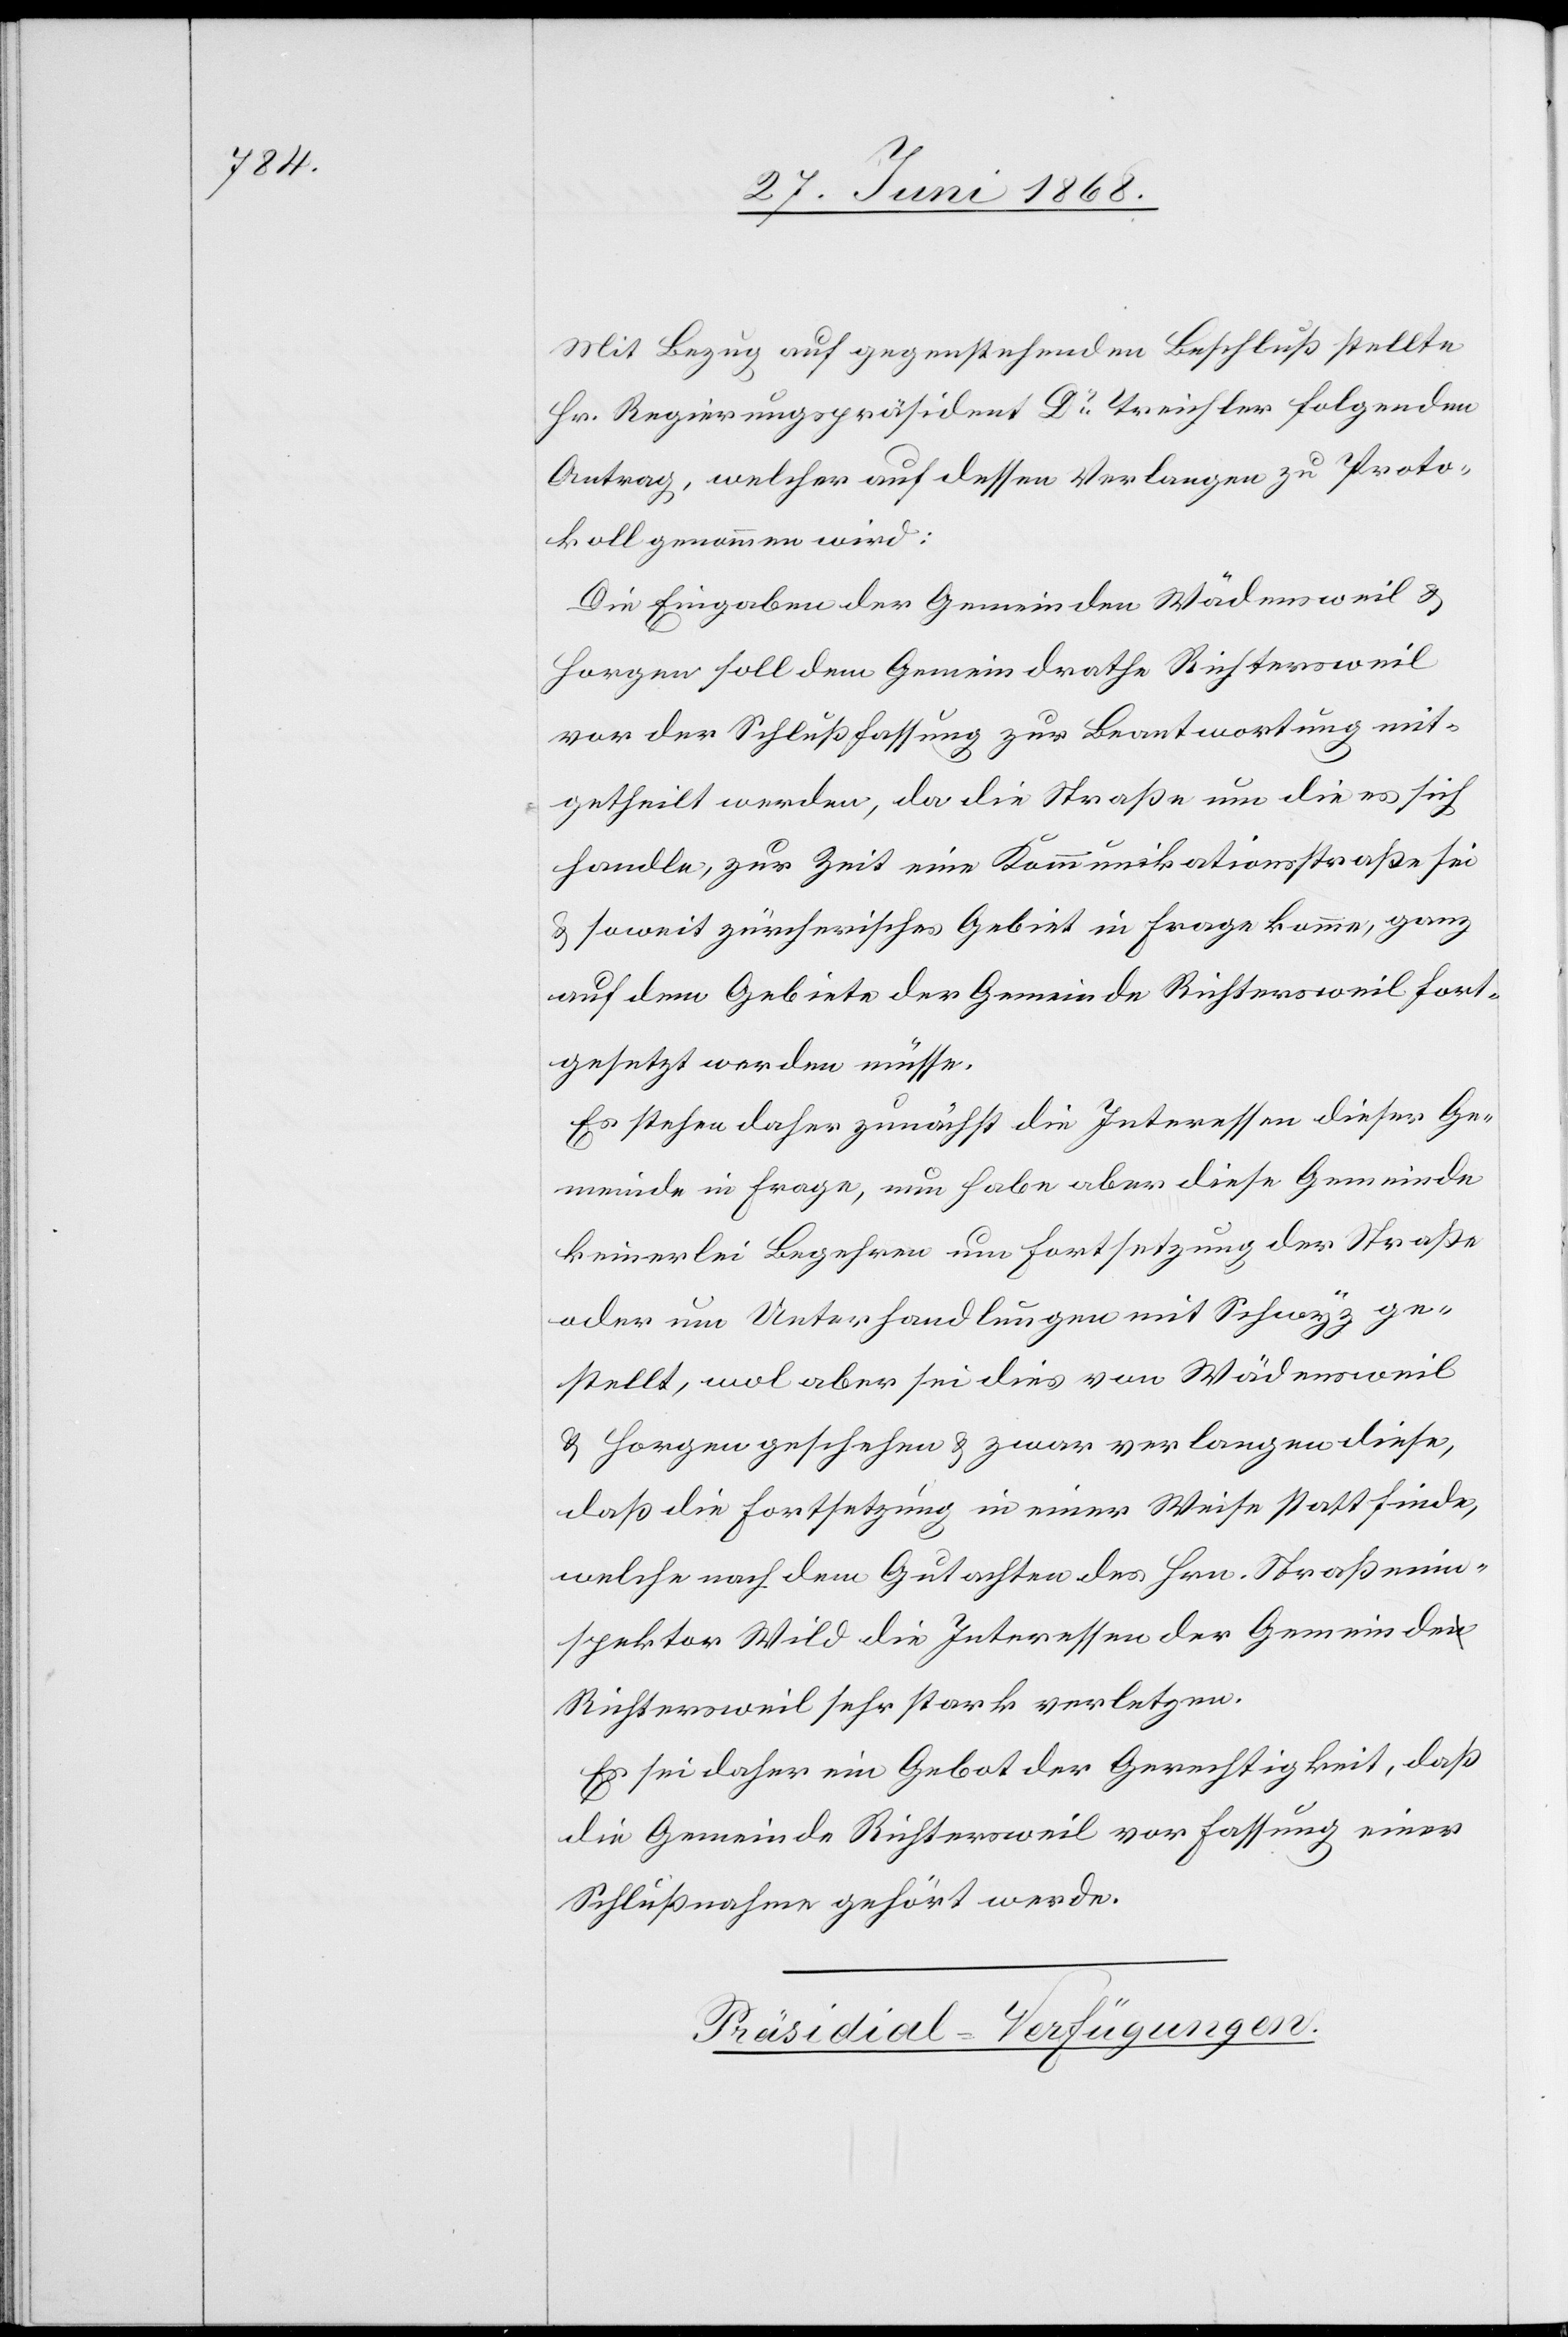
Mit Bezug auf gegenstehenden Beschluß stellte
Hr. Regierungspräsident Dr. Treichler folgenden
Antrag, welcher auf dessen Verlangen zu Proto¬
koll genommen wird:
Die Eingaben der Gemeinden Wädensweil &
Horgen soll[en] dem Gemeindrathe Richtersweil
vor der Schlußfassung zur Beantwortung mit¬
getheilt werden, da die Straße um die es sich
handle, zur Zeit eine Kommunikationsstraße sei
& soweit zürcherisches Gebiet in Frage komme, ganz
auf dem Gebiete der Gemeinde Richtersweil fort¬
gesetzt werden müsse.
Es stehen daher zunächst die Interessen dieser Ge¬
meinde in Frage, nun habe aber diese Gemeinde
keinerlei Begehren um Fortsetzung der Straße
oder um Unterhandlungen mit Schwyz ge¬
stellt, wol aber sei dies von Wädensweil
& Horgen geschehen & zwar verlangen diese,
daß die Fortsetzung in einer Weise stattfinde,
welche nach dem Gutachten des Hrn. Straßenin¬
spektor Wild die Interessen der Gemeinde
Richtersweil sehr stark verletzen.
Es sei daher ein Gebot der Gerechtigkeit, daß
die Gemeinde Richtersweil vor Fassung einer
Schlußnahme gehört werde.
Präsidial-Verfügungen.